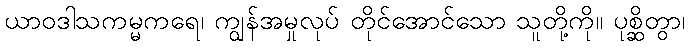
ယာဝဒါသကမ္မကရေ၊ ကျွန်အမှုလုပ် တိုင်အောင်သော သူတို့ကို။ ပုစ္ဆိတွာ၊